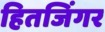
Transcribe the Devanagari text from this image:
हितजिंगर